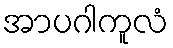
အာပဂါကူလံ